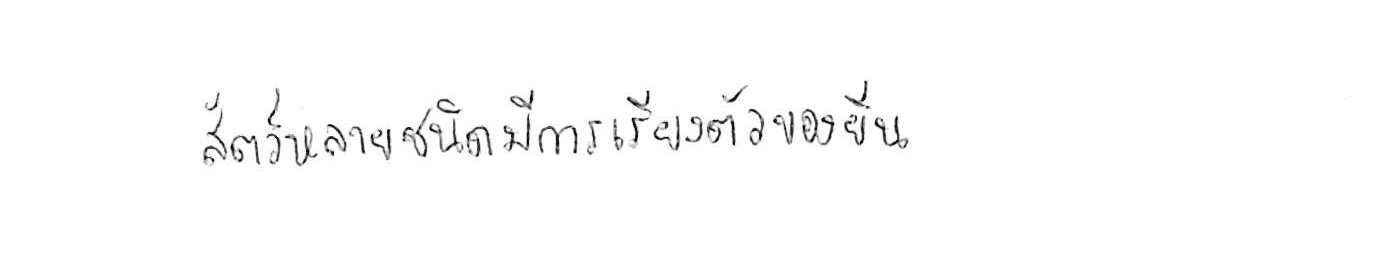
สัตว์หลายชนิดมีการเรียงตัวของยีน